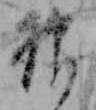
神